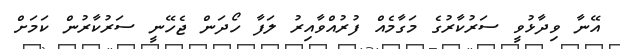
އޭނާ ވިދާޅުވީ ސަރުކާރުގެ މަގާމެއް ފުރުއްވާއިރު ލަފާ ހޯދަން ޖެހޭނީ ސަރުކާރުން ކަމަށް